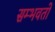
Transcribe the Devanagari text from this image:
सम्भवतो